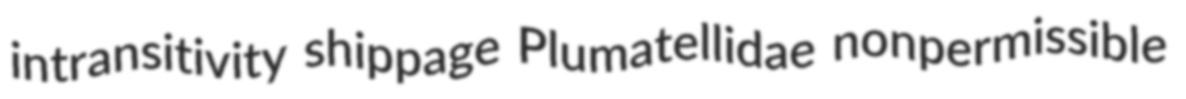
intransitivity shippage Plumatellidae nonpermissible